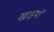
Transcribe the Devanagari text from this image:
खाइयॉ